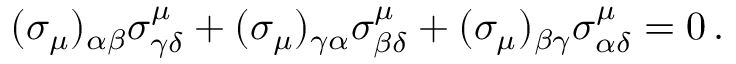
( \sigma _ { \mu } ) _ { \alpha \beta } \sigma _ { \gamma \delta } ^ { \mu } + ( \sigma _ { \mu } ) _ { \gamma \alpha } \sigma _ { \beta \delta } ^ { \mu } + ( \sigma _ { \mu } ) _ { \beta \gamma } \sigma _ { \alpha \delta } ^ { \mu } = 0 \, .